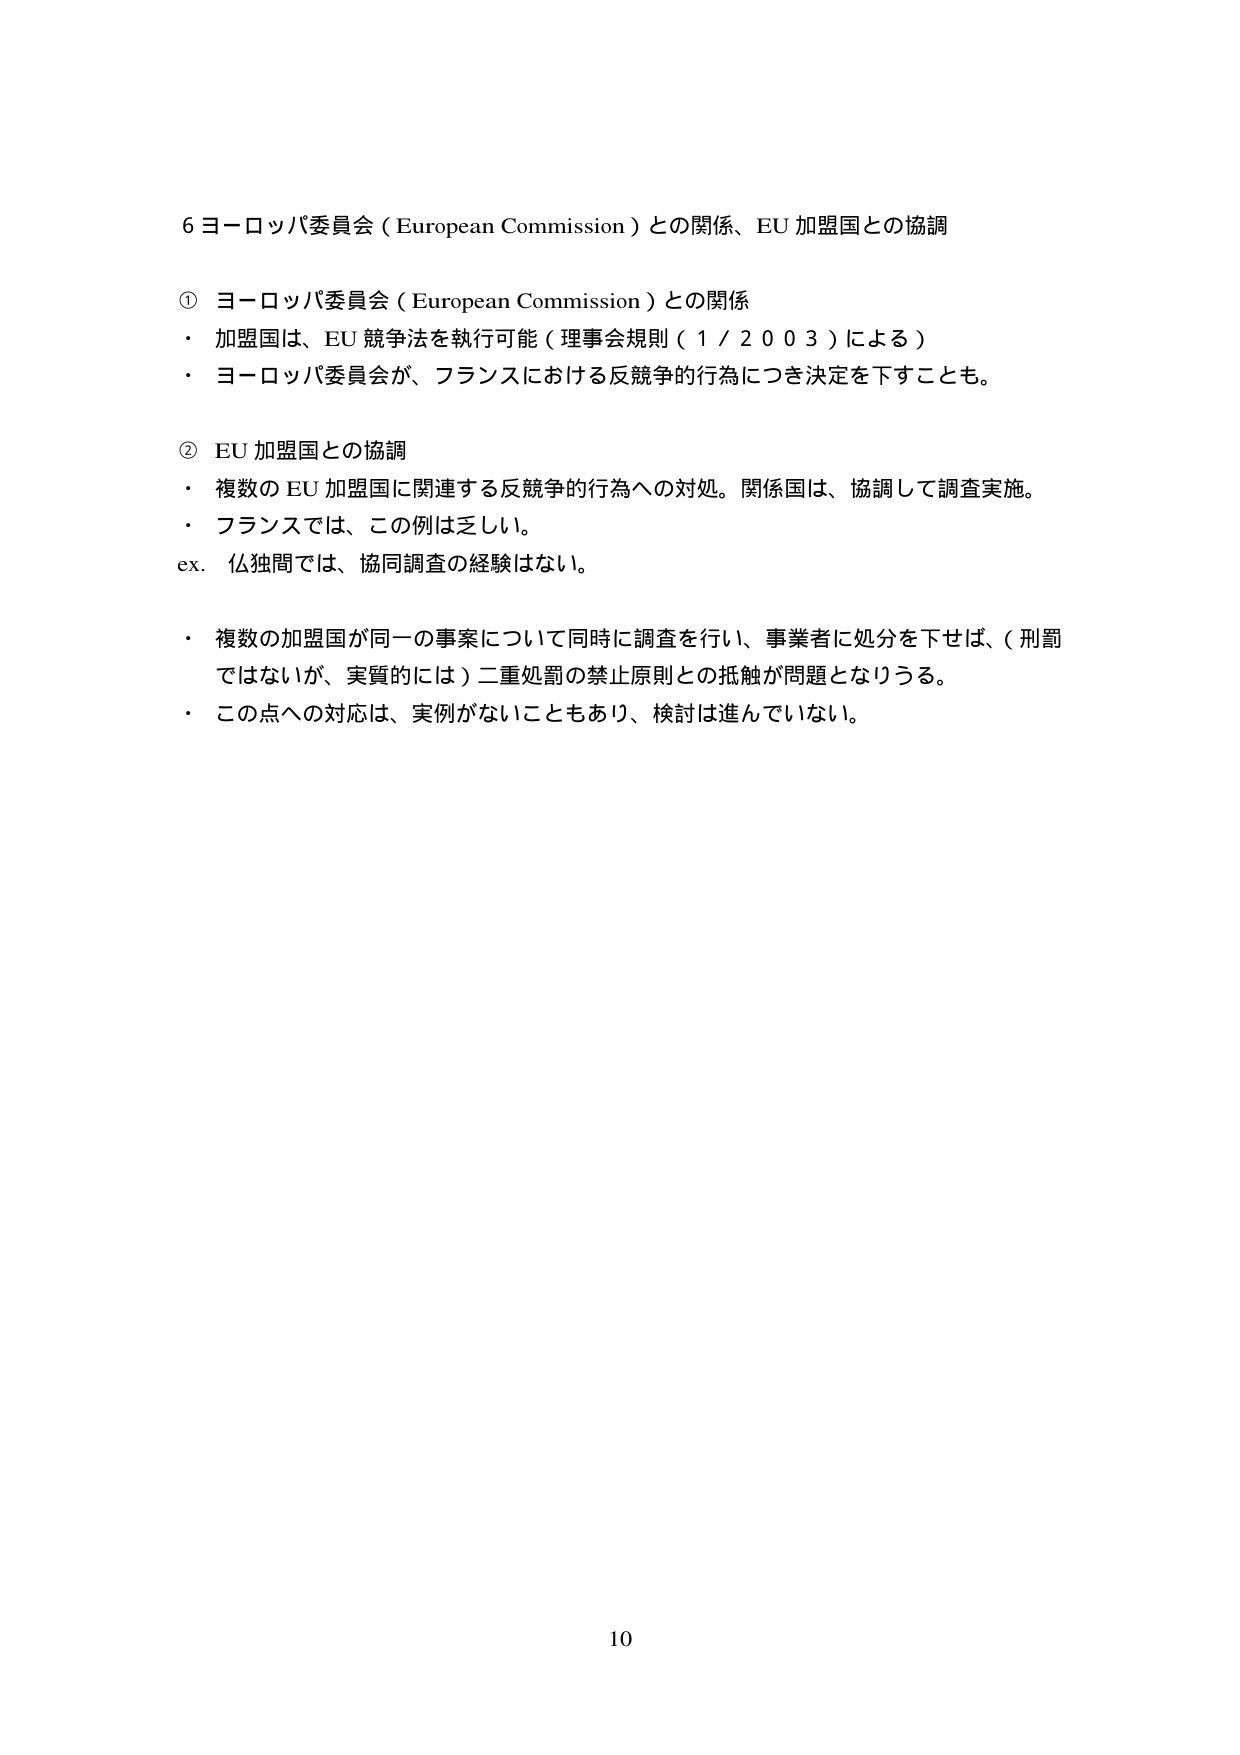
6 ヨーロッパ委員会（European Commission）との関係、EU 加盟国との協調

① ヨーロッパ委員会（European Commission）との関係
・ 加盟国は、EU 競争法を執行可能（理事会規則（1／2003）による）
・ ヨーロッパ委員会が、フランスにおける反競争的行為につき決定を下すことも。

② EU 加盟国との協調
・ 複数の EU 加盟国に関連する反競争的行為への対処。関係国は、協調して調査実施。
・ フランスでは、この例は乏しい。
ex. 仏独間では、協同調査の経験はない。

・ 複数の加盟国が同一の事案について同時に調査を行い、事業者に処分を下せば、（刑罰ではないが、実質的には）二重処罰の禁止原則との抵触が問題となりうる。
・ この点への対応は、実例がないこともあり、検討は進んでいない。

10